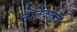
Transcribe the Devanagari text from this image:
नैतिकतेचा